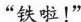
“铁啦！”